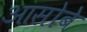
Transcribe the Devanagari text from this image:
आसोबे